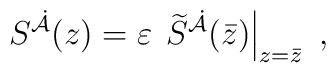
S^{\dot{\cal A}}(z) = \varepsilon\, \left.\widetilde S^{\dot{\cal A}}(\bar z)\right|_{z=\bar z}~,